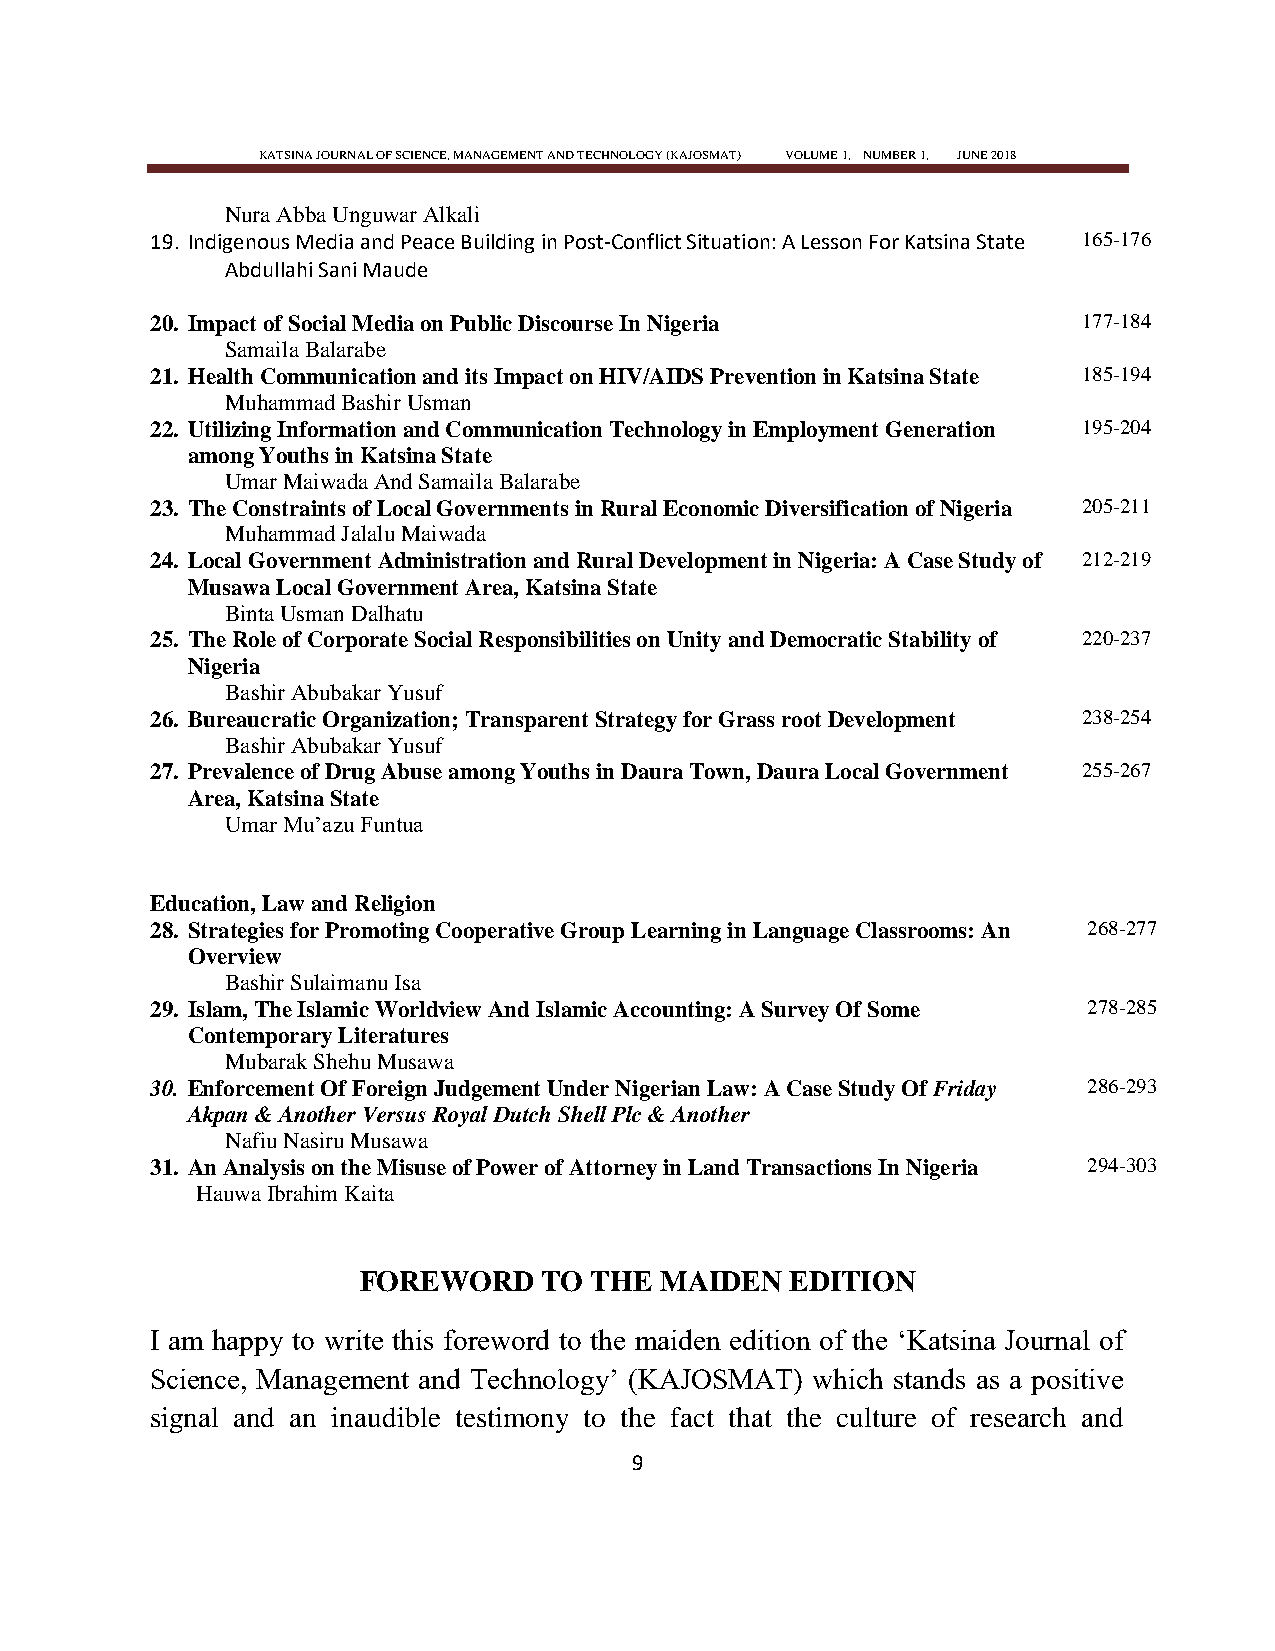
KATSINA JOURNAL OF SCIENCE, MANAGEMENT AND TECHNOLOGY (KAJOSMAT) VOLUME 1, NUMBER 1, JUNE 2018
 Nura Abba Unguwar Alkali
 19. Indigenous Media and Peace Building in Post-Conflict Situation: A Lesson For Katsina State 165-176
 Abdullahi Sani Maude
 20. Impact of Social Media on Public Discourse In Nigeria     177-184
 Samaila Balarabe
 21. Health Communication and its Impact on HIV/AIDS Prevention in Katsina State 185-194
 Muhammad Bashir Usman
 22. Utilizing Information and Communication Technology in Employment Generation 195-204
 among Youths in Katsina State
 Umar Maiwada And Samaila Balarabe
 23. The Constraints of Local Governments in Rural Economic Diversification of Nigeria 205-211
 Muhammad Jalalu Maiwada
 24. Local Government Administration and Rural Development in Nigeria: A Case Study of 212-219
 Musawa Local Government Area, Katsina State
 Binta Usman Dalhatu
 25. The Role of Corporate Social Responsibilities on Unity and Democratic Stability of 220-237
 Nigeria
 Bashir Abubakar Yusuf
 26. Bureaucratic Organization; Transparent Strategy for Grass root Development 238-254
 Bashir Abubakar Yusuf
 27. Prevalence of Drug Abuse among Youths in Daura Town, Daura Local Government 255-267
 Area, Katsina State
 Umar Mu‘azu Funtua
 Education, Law and Religion
 28. Strategies for Promoting Cooperative Group Learning in Language Classrooms: An 268-277
 Overview
 Bashir Sulaimanu Isa
 29. Islam, The Islamic Worldview And Islamic Accounting: A Survey Of Some 278-285
 Contemporary Literatures
 Mubarak Shehu Musawa
 30. Enforcement Of Foreign Judgement Under Nigerian Law: A Case Study Of Friday 286-293
 Akpan & Another Versus Royal Dutch Shell Plc & Another
 Nafiu Nasiru Musawa
 31. An Analysis on the Misuse of Power of Attorney in Land Transactions In Nigeria 294-303
 Hauwa Ibrahim Kaita
 FOREWORD    TO THE  MAIDEN  EDITION
 I am happy to write this foreword to the maiden edition of the ‗Katsina Journal of
 Science, Management and Technology‘ (KAJOSMAT) which stands as a positive
 signal and an inaudible testimony to the fact that the culture of research and
 9